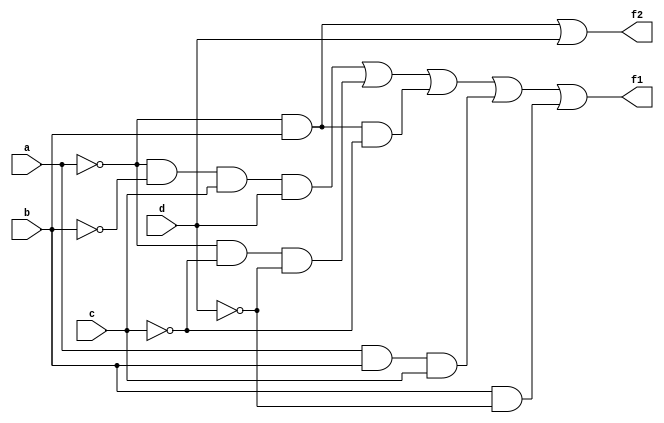
module pla(input a,b,c,d,output f1,f2);
wire w0,w1,w2,w3,w4,w5,w6;
assign w0=~a&~b&c&d;
assign w1=~a&~c&~d;
assign w2=~a&b&~c;
assign w3=a&b&c;
assign w4=b&~d;
assign w5=~a&b;
assign w6=d;
assign f1=w0|w1|w2|w3|w4;
assign f2=w5|w6;
endmodule